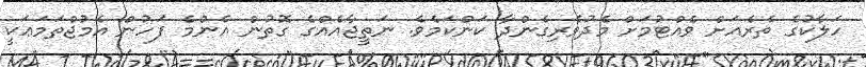
ހަލާކުގެ ތެރެއަށް ވެއްޓުމަށް މެދުވެރިގެންދާ ކަންކަމެވެ. ނަތީޖާއެއްގެ ގޮތުން އެންމެ ފަހުން އެމުޖްތަމަޢަކީ